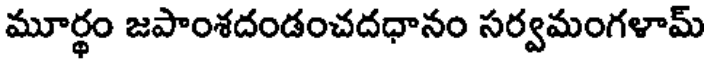
మూర్థం జపాంశదండంచదధానం సర్వమంగళామ్